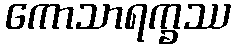
ကောသာရက္ခဿ